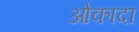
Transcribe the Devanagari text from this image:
ओकादा